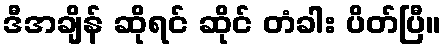
ဒီအချိန် ဆိုရင် ဆိုင် တံခါး ပိတ်ပြီ။